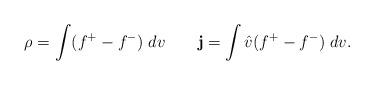
LaTeX: \begin{align*}\rho=\int (f^+-f^-)\;{d}v\quad\quad{\mathbf j}=\int \hat{v} (f^+-f^-)\;{d}v.\end{align*}